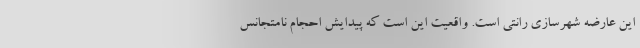
این عارضه شهرسازی رانتی است. واقعیت این است که پیدایش احجام نامتجانس